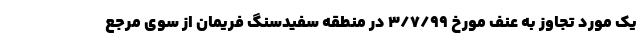
یک مورد تجاوز به عنف مورخ 3/7/99 در منطقه سفیدسنگ فریمان از سوی مرجع